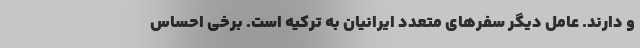
و دارند. عامل دیگر سفرهای متعدد ایرانیان به ترکیه است. برخی احساس